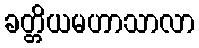
ခတ္တိယမဟာသာလာ